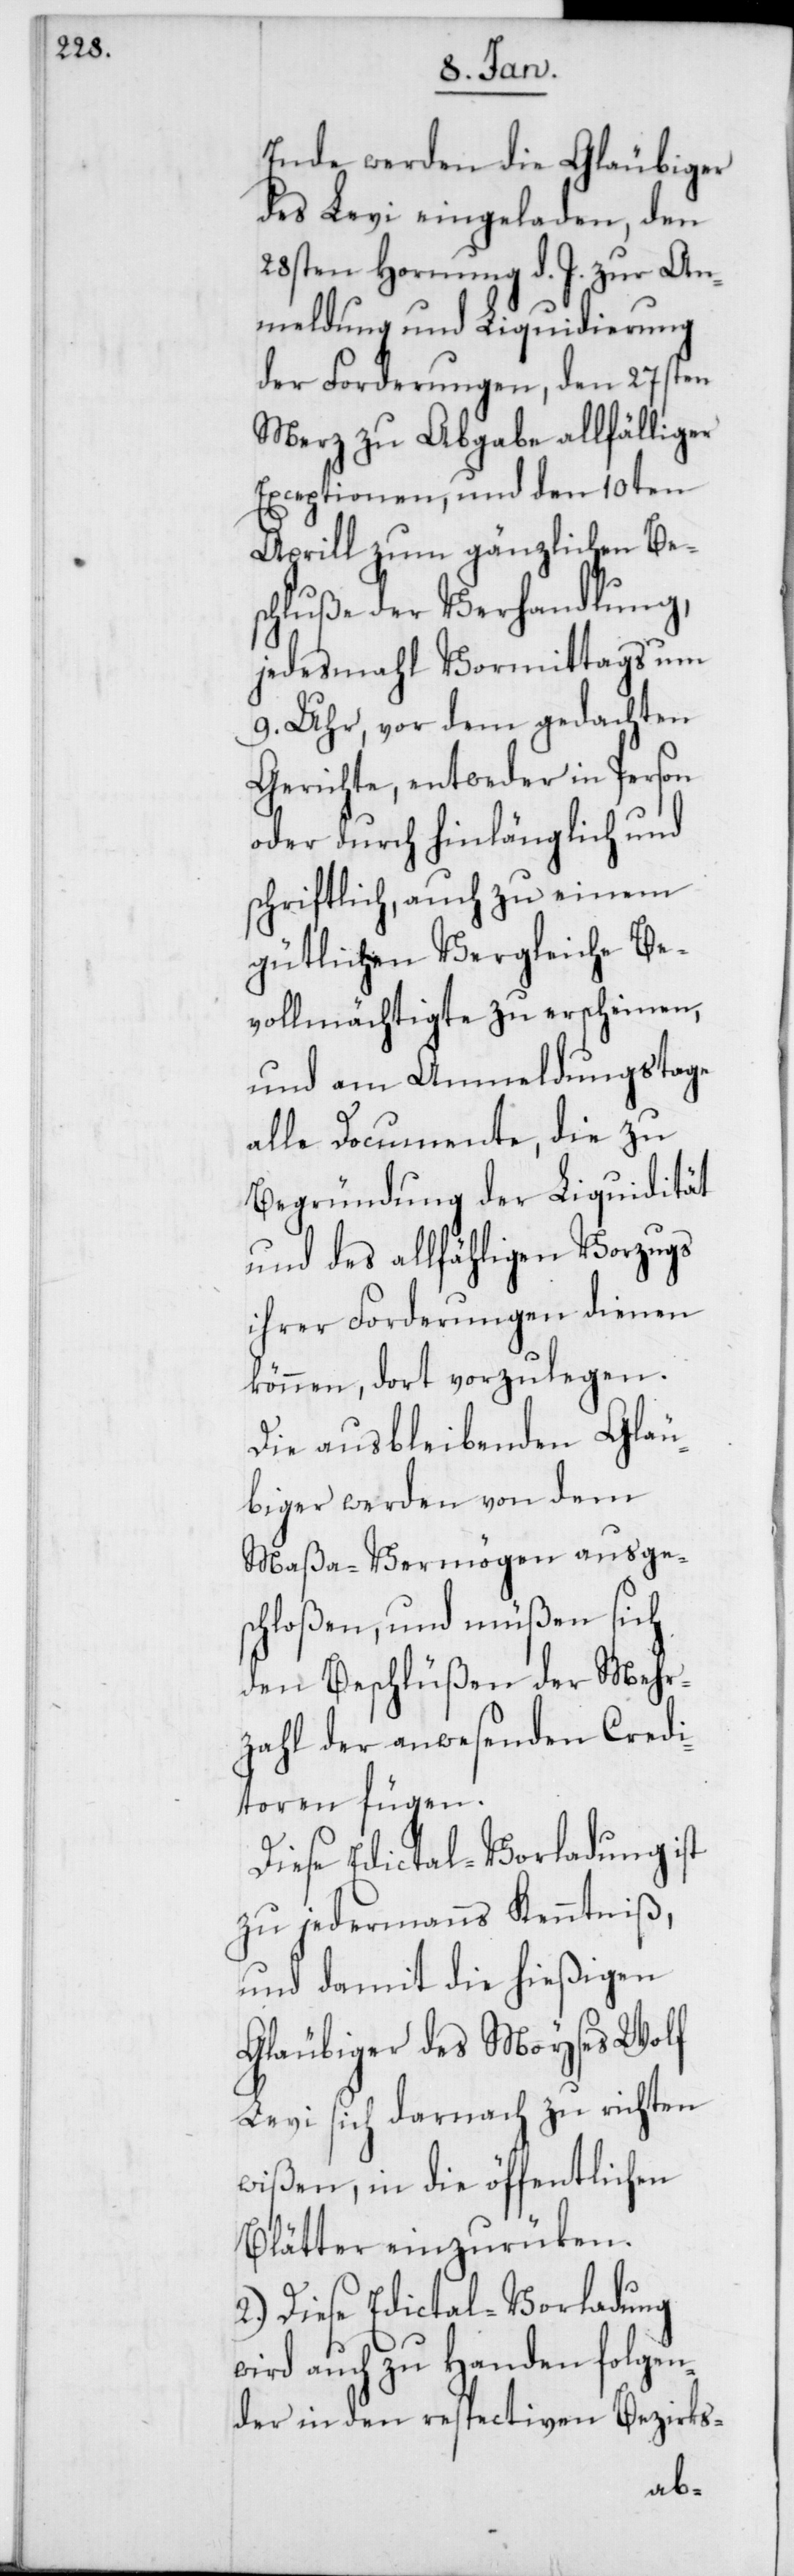
Ende werden die Gläubiger
des Levi eingeladen, den
28sten Hornung d. J. zur An¬
meldung und Liquidierung
der Forderungen, den 27sten
Merz zu Abgabe allfähliger
Exceptionen, und den 10ten
Aprill zum gänzlichen Be¬
schluße der Verhandlung,
jedes mahl Vormittags um
9. Uhr, vor dem gedachten
Gerichte, entweder in Person
oder durch hinlänglich und
schriftlich, auch zu einem
gütlichen Vergleiche Be¬
vollmächtigte zu erscheinen,
und am Anmeldungstage
alle Documente, die zu
Begründung der Liquidität
und des allfähligen Vorzugs
ihrer Forderungen dienen
können, dort vorzulegen.
Die ausbleibenden Gläu¬
biger werden von dem
Maßa-Vermögen ausges¬
chloßen, und müßen sich
den Beschlüßen der Mehr¬
zahl der anwesenden Credi¬
toren fügen.
Diese Edictal-Vorladung ist
zu jedermanns Kenntniß,
und damit die hießigen
Gläubiger des Moyses Wolf
Levi sich darnach zu richten
wißen, in die öffentlichen
Blätter einzurüken.
2.) Diese Edictal-Vorladung
wird auch zu Handen folgen¬
der in den respectiven Bezirks-